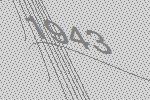
1943